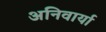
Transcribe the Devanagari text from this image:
अनिवार्या